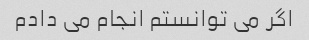
اگر می توانستم انجام می دادم